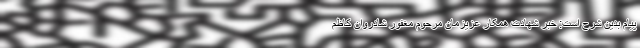
پیام بدین شرح است: خبر شهادت همکار عزیزمان مرحوم مغفور شادروان کاظم